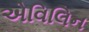
એવિલિન